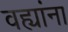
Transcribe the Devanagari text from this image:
वह्यांना